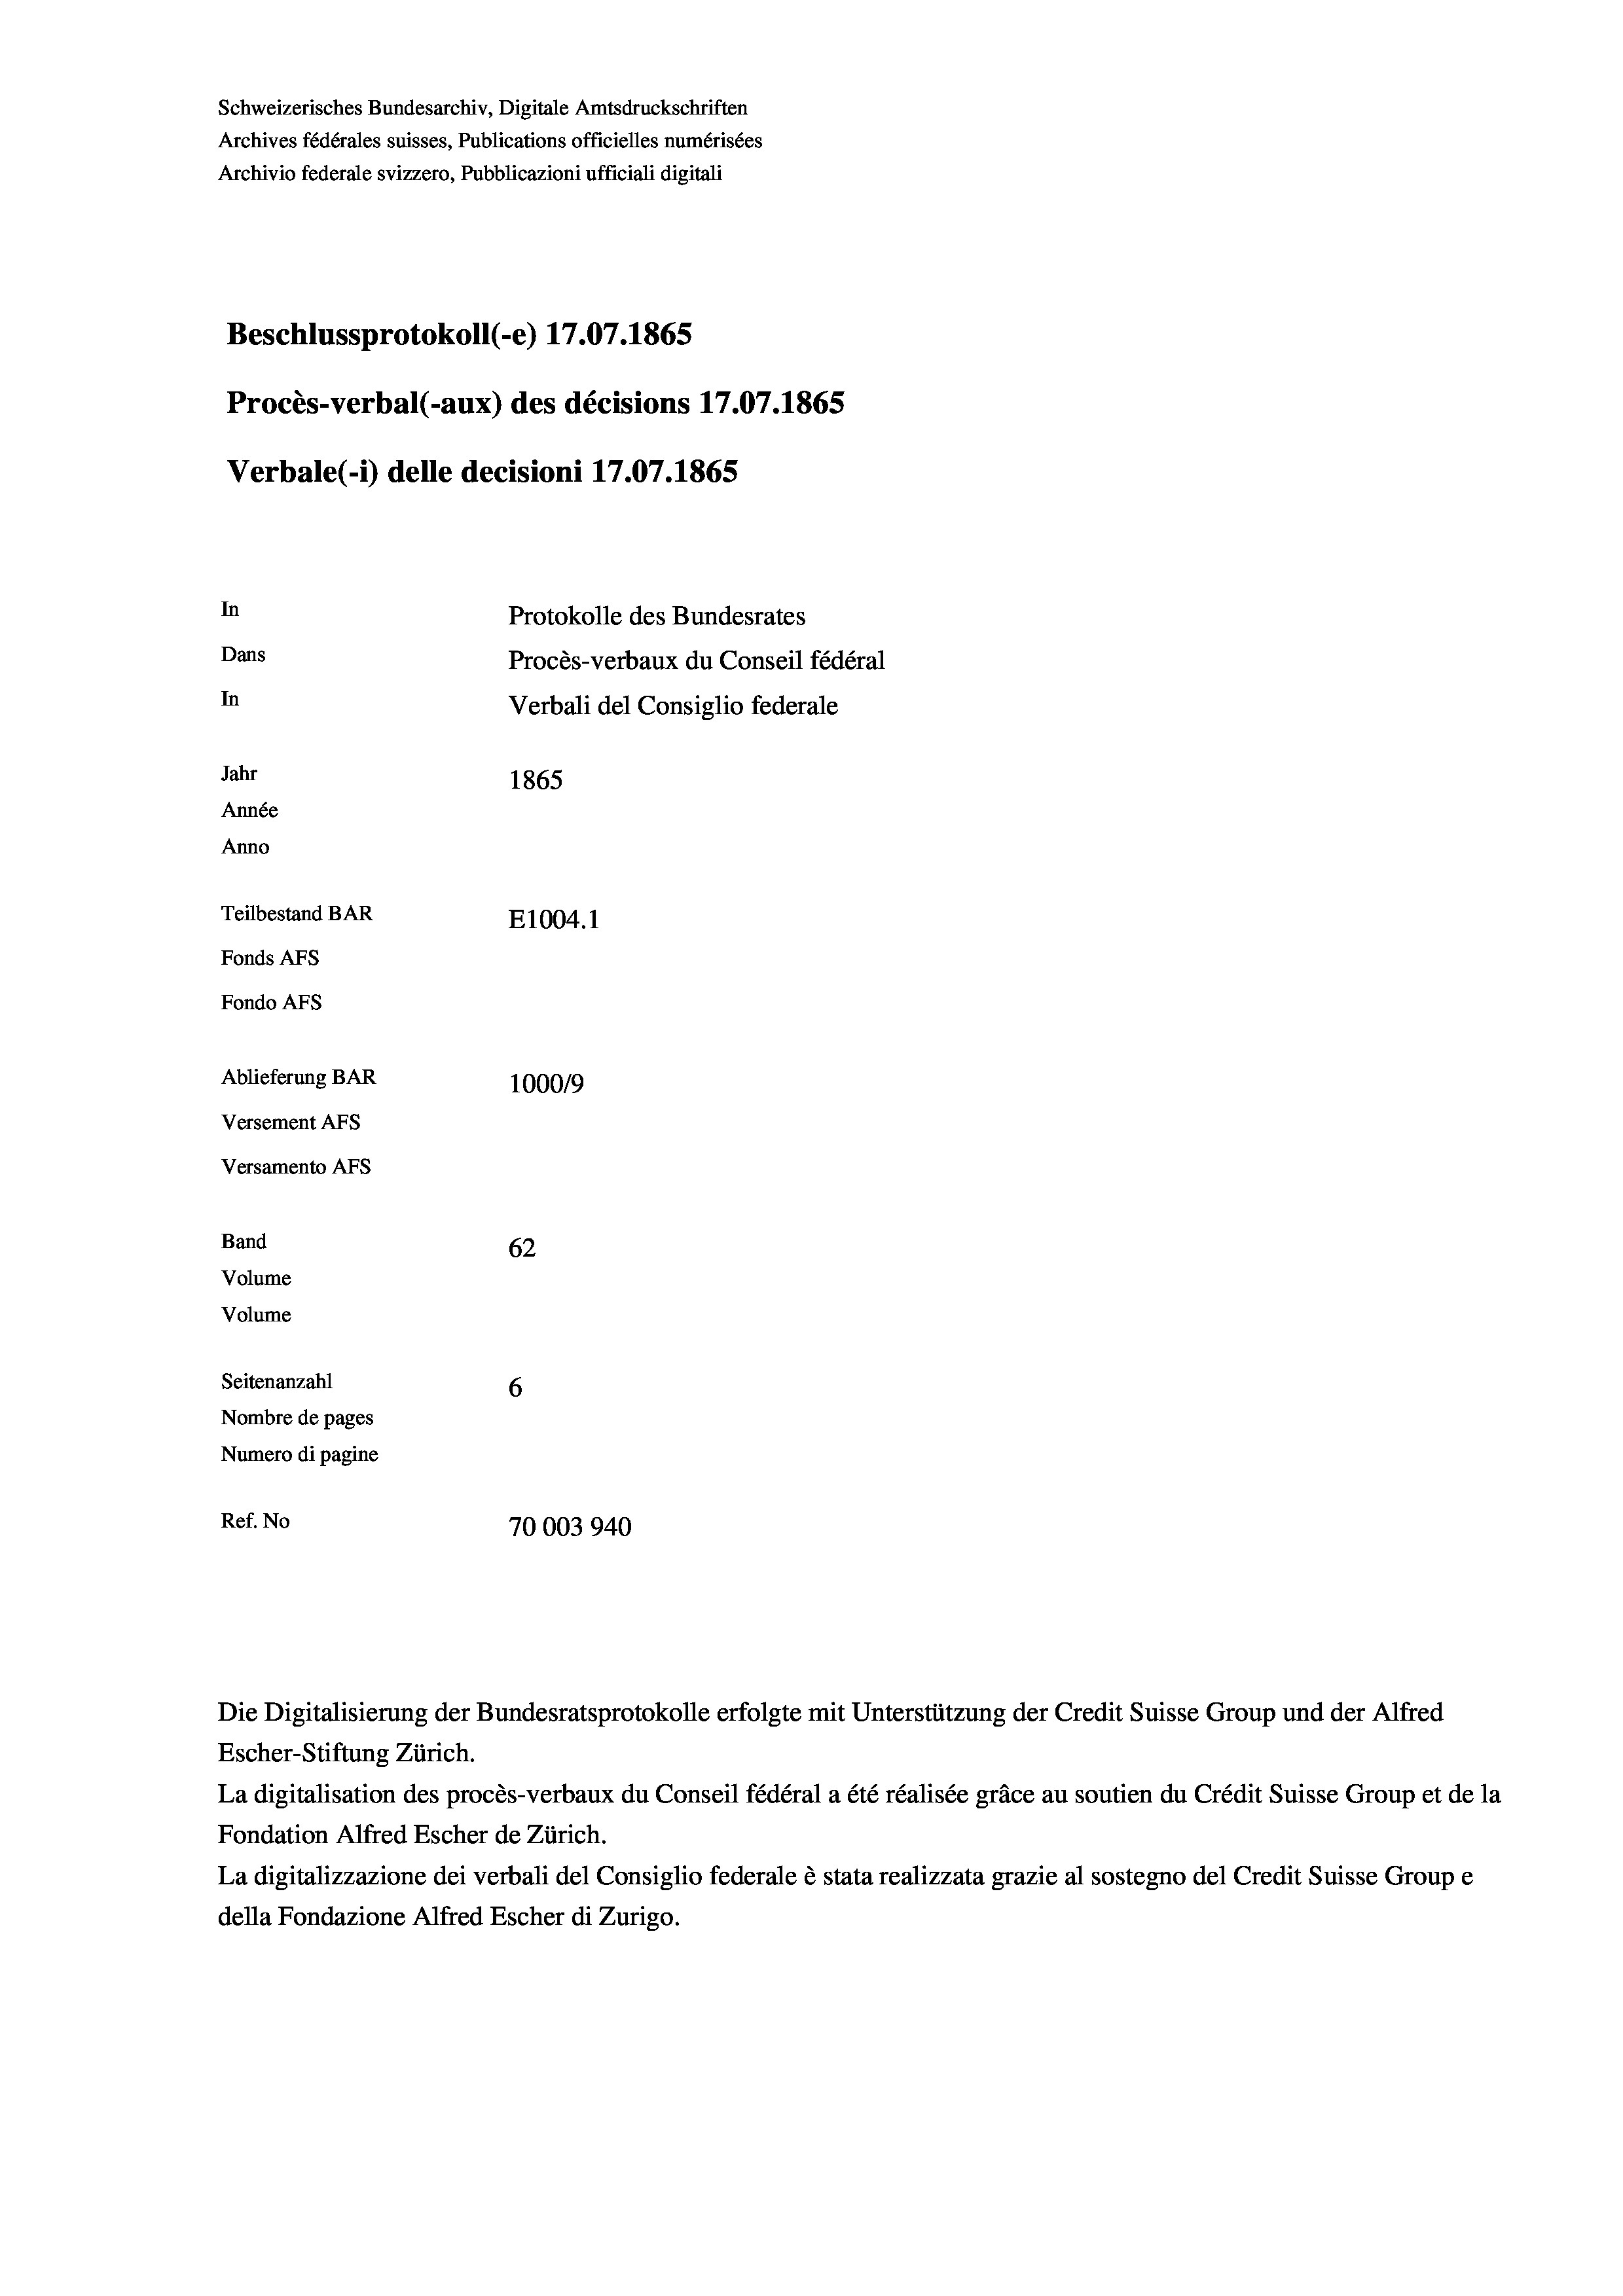
Schweizerisches Bundesarchiv, Digitale Amtsdruckschriften
Archives fédérales suisses, Publications officielles numérisées
Archivio federale svizzero, Pubblicazioni ufficiali digitali
Beschlussprotokoll (-e) 17.07. 1865
Procès-verbal (-aux) des décisions 17.07.1865
Verbale (- 1) delle decisioni 17.07. 1865
In
Protokolle des Bundesrates
Dans
Procès-verbaux du Conseil fédéral
In
Verbali del Consiglio federale
Jahr
1865
Année
Anno
Teilbestand BAR
E1004.1
Fonds AFs
Fondo AFS
Ablieferung BAR
100019
Versement Abs
Versamento Afs
Band
62
Volume
Volume
Seitenanzahl
6
Nombre de pages
Numero di pagine
Ref. No
70003940

Escher-Stiftung Zürich.
La digitalisation des procès-verbaux du Conseil fédéral a été réalisée gräce au soutien du Crédit Suisse Group et de la
Fondation Alfred Escher de Zürich.
La digitalizzazione dei verbali del Consiglio federale è stata realizzata grazie al sostegno del Credit Suisse Groupe
della Fondazione Alfred Escher di Zurigo.

Die Digitalisierung der Bundesratsprotokolle erfolgte mit Unterstützung der Credit Suisse Group und der Alfred